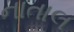
નાતાલ